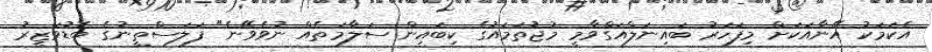
އެކަމަކު އޭނާއަކަށް މިފަހަރު ބައިނަލްއަގްވާމީ މުޖުތަމައުގެ ކިބައިން ސަލާމަތެއް ނުވެވޭނެ" ފަލަސްތީނުގެ ބޮޑުވަޒީރު